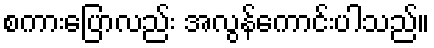
စကားပြောလည်း အလွန်ကောင်းပါသည်။